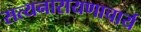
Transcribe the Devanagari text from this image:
सत्यनारायणाचार्य